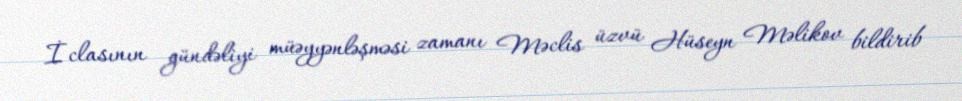
İclasının gündəliyi müəyyənləşməsi zamanı Məclis üzvü Hüseyn Məlikov bildirib